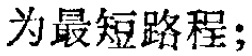
为最短路程;